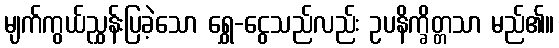
မျက်ကွယ်ညွှန်းပြခဲ့သော ရွှေ-ငွေသည်လည်း ဥပနိက္ခိတ္တသာ မည်၏။